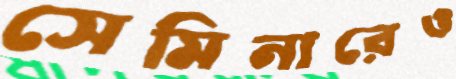
সেমিনারেও